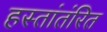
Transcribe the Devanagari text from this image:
हस्तांतंरित